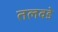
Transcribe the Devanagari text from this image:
तलवडे